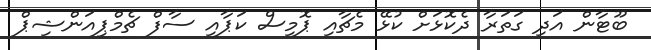
ބޫޓާން އަދި ގަތަރާ ދެކޮޅަށް ކުޅޭ މެޗާއި ޕޮމިސް ކަޕާއި ސާފް ޗެމްޕިއަންޝިޕް